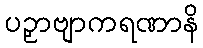
ပဉှာဗျာကရဏာနိ